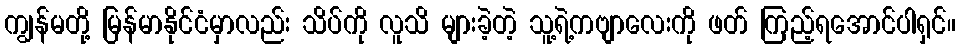
ကျွန်မတို့ မြန်မာနိုင်ငံမှာလည်း သိပ်ကို လူသိ များခဲ့တဲ့ သူ့ရဲ့ကဗျာလေးကို ဖတ် ကြည့်ရအောင်ပါရှင်။